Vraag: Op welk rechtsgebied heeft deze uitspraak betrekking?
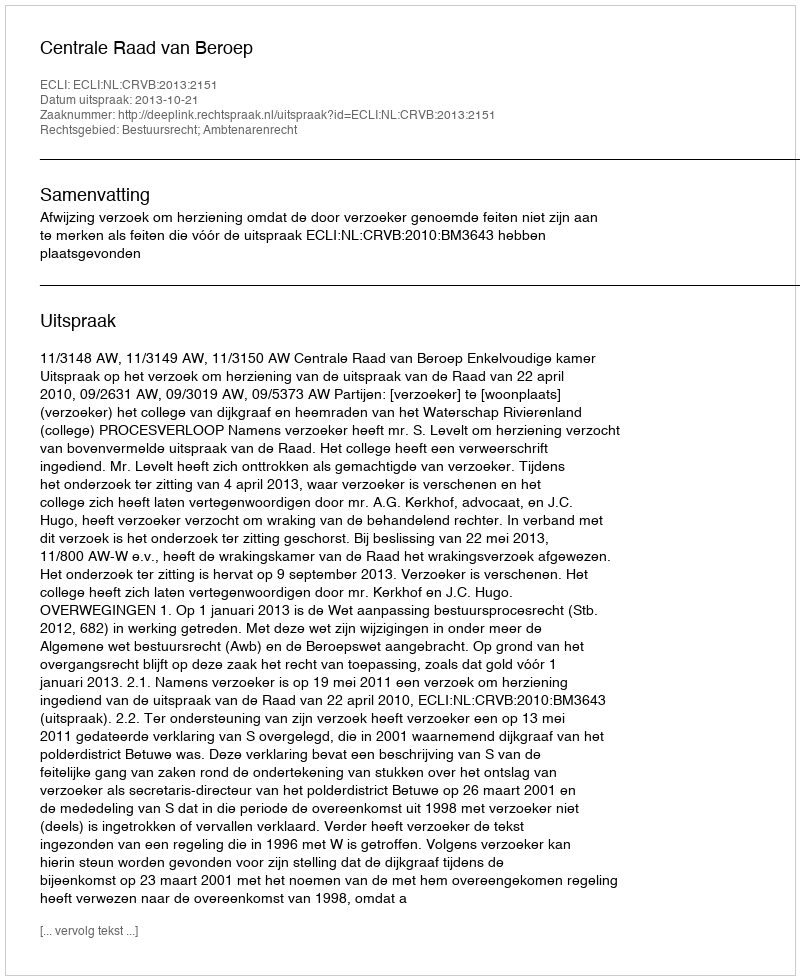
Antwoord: Bestuursrecht; Ambtenarenrecht